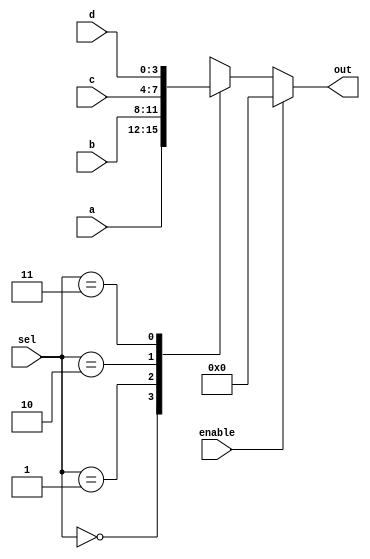
module mux4b_4to1_en (a, b, c, d, sel, enable, out);

input [3:0] a, b, c, d;
input [1:0] sel;
input enable;
output [3:0] out;
reg [3:0] out;

always @(a, b, c, d, sel, enable) begin
	if(enable == 1'b0) begin
		case(sel)
			2'b00 : out = a;
			2'b01 : out = b;
			2'b10 : out = c;
			2'b11 : out = d;
		endcase
	end

	else begin
		out = 4'b0000;
	end
end

endmodule